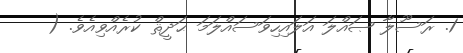
1. ރަސޫލާ ޞައްލަ އަލައިހިވަސައްލަމަ ޙަދީޘް ކުރެއްވިއެވެ. (